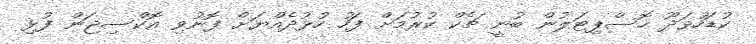
ކުޑަހުވަދޫ ހޮސްޕިޓަލުން ބުނީ ޗެކް ކުރުމަށް ފަހު ހުޅުދެއްޔަށް ފޮނުވި އޮކްސިޖަން ފުޅި